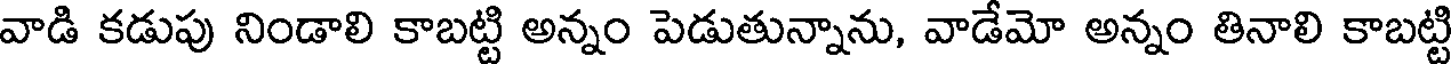
వాడి కడుపు నిండాలి కాబట్టి అన్నం పెడుతున్నాను, వాడేమో అన్నం తినాలి కాబట్టి